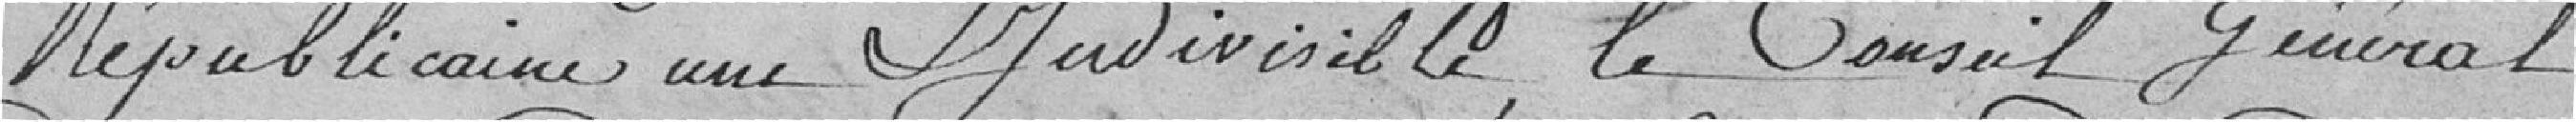
Républicaine une & Indivisible, le Conseil Général